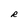
Character: R